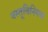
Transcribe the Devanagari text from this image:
वस्तूविनिमय